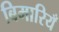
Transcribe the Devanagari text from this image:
बिमारियँ